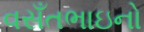
વસઁતભાઇનો